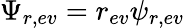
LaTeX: \Psi_{r,ev}=r_{ev}\psi_{r,ev}